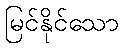
မြင်နိုင်သော